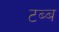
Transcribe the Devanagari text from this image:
टब्ब